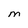
Character: M